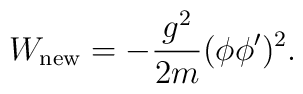
W_{\rm new}=-\frac{g^2}{2m}(\phi\phi')^2.